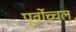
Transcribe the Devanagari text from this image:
पूर्वोच्चल